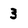
Character: 3